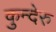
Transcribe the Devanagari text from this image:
कुन्देरु